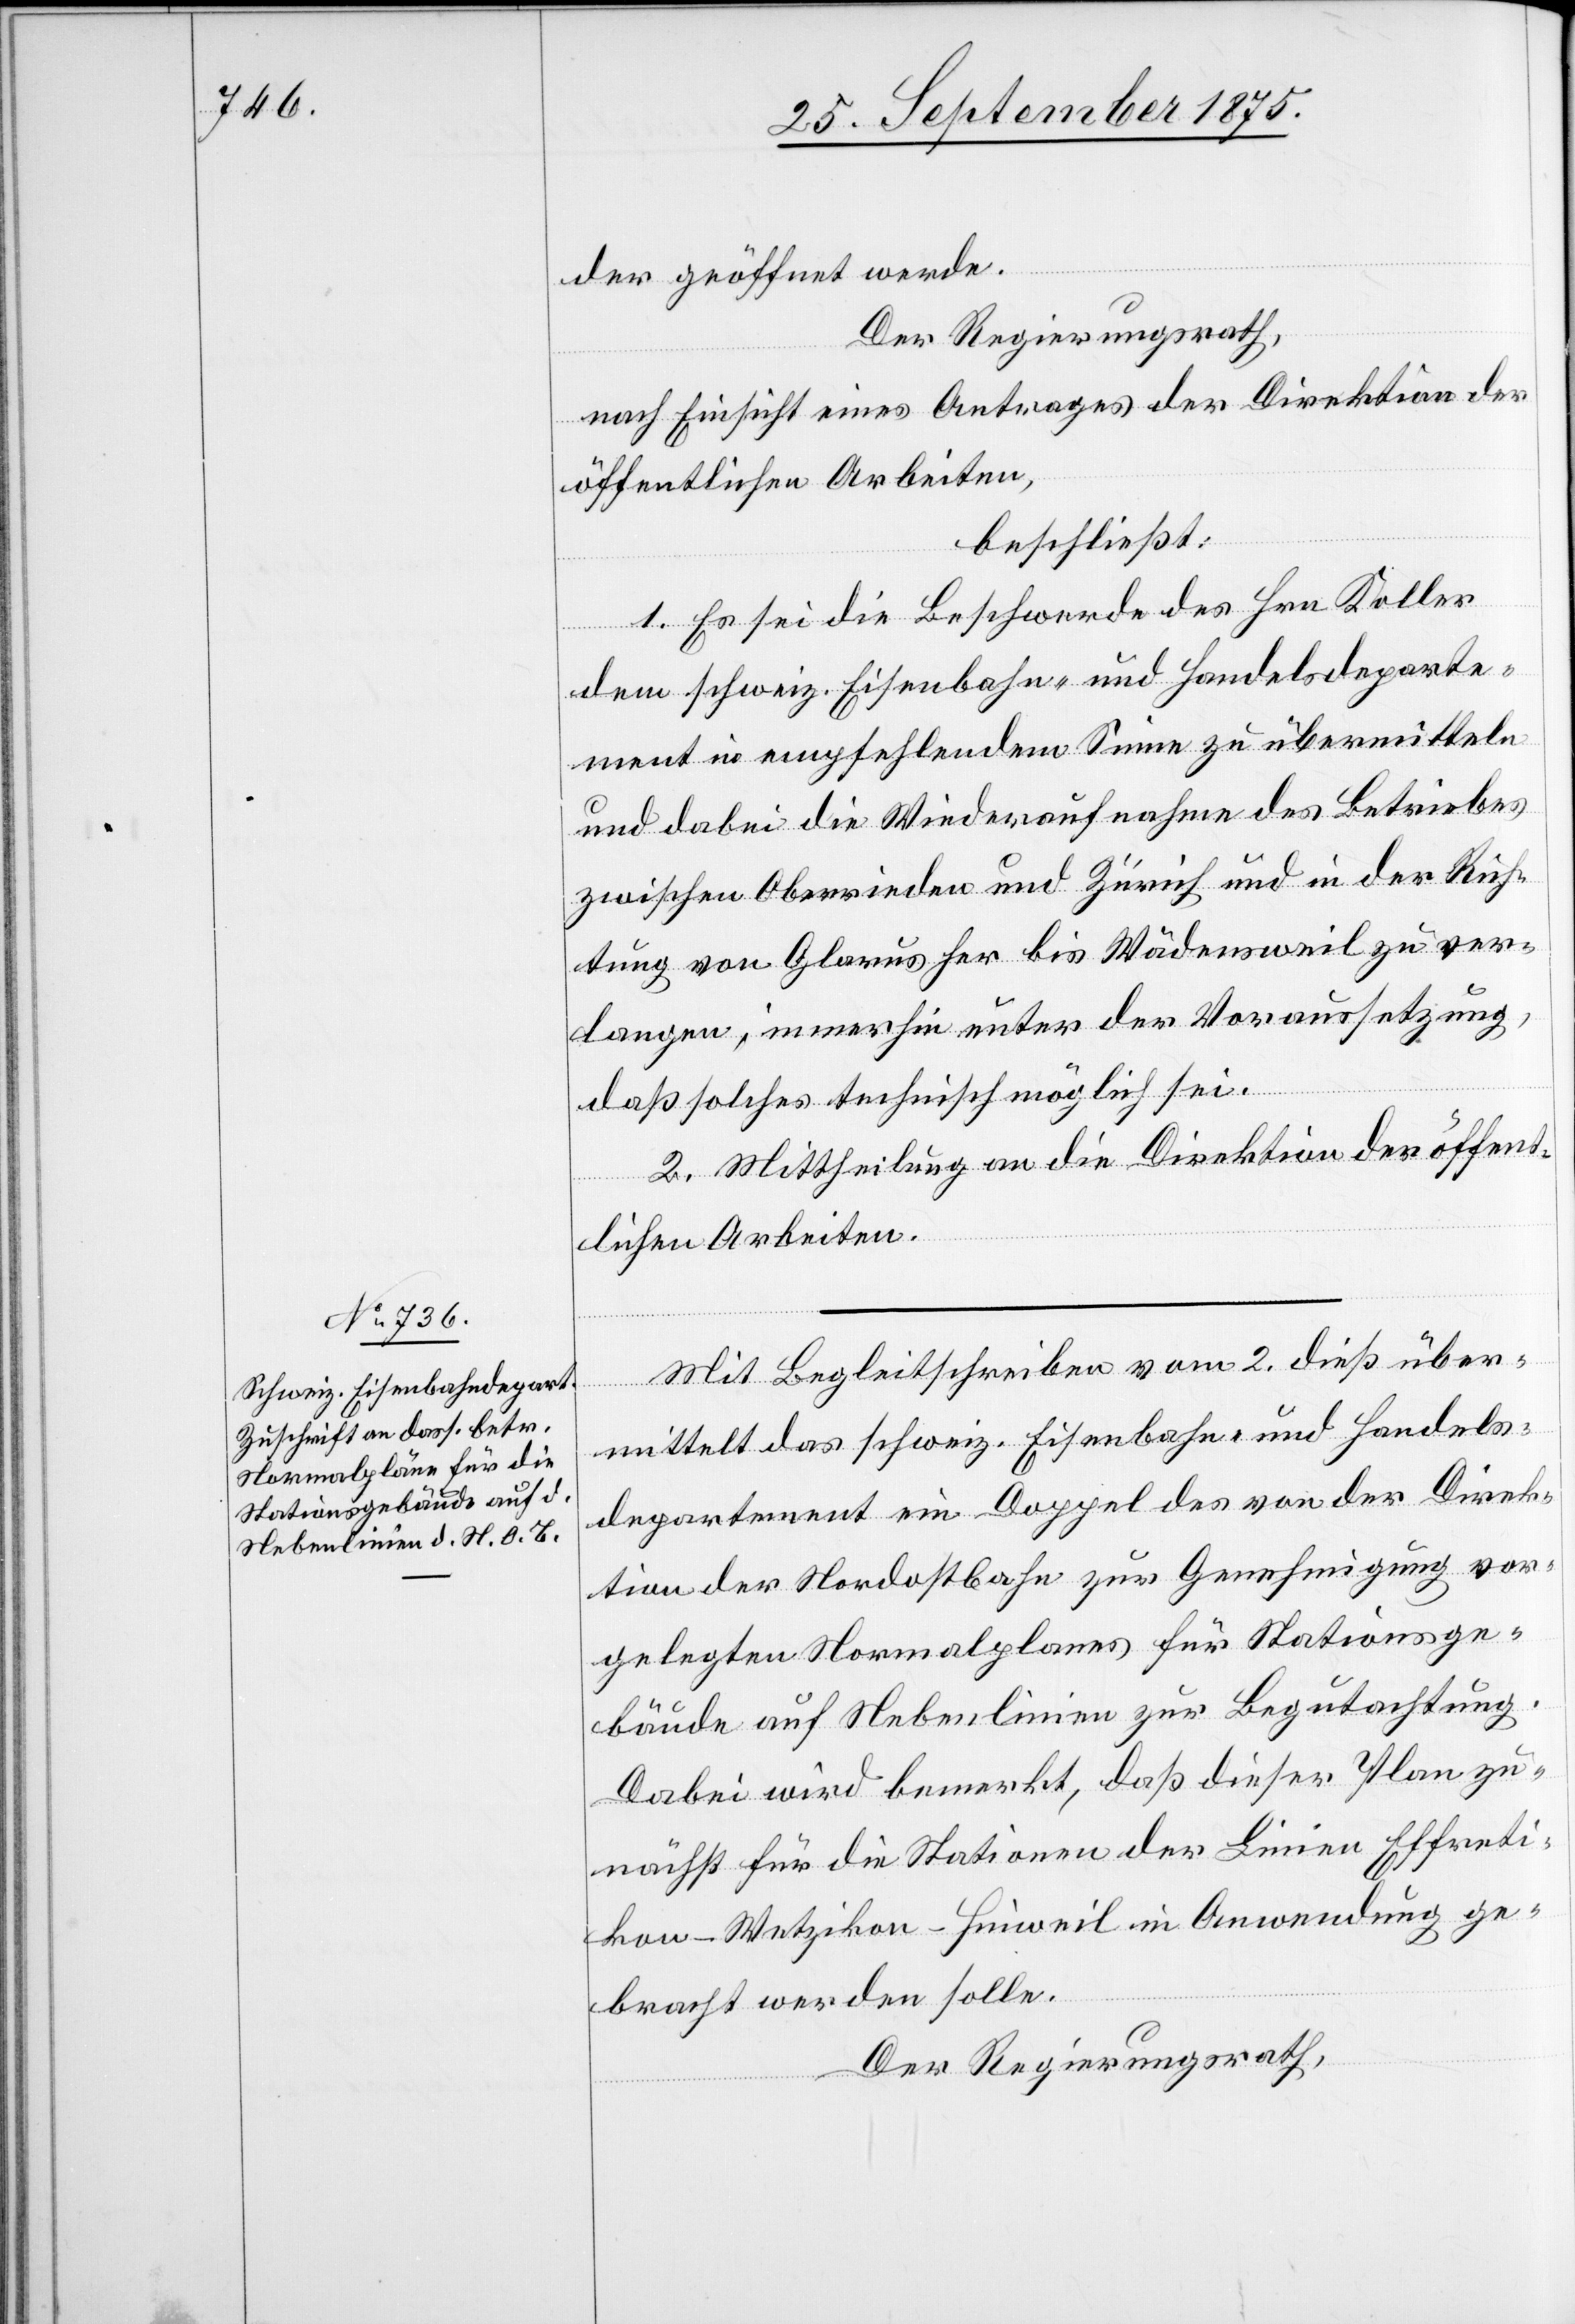
der geöffnet werde.
Der Regierungsrath,
nach Einsicht eines Antrages der Direktion der
öffentlichen Arbeiten,
beschließt:
1. Es sei die Beschwerde des Hrn. Koller
dem schweiz. Eisenbahn- und Handelsdeparte¬
ment in empfehlendem Sinne zu übermitteln
und dabei die Wiederaufnahme des Betriebes
zwischen Oberrieden und Zürich und in der Rich¬
tung von Glarus her bis Wädensweil zu ver¬
langen, immerhin unter der Voraussetzung,
daß solches technisch möglich sei.
2. Mittheilung an die Direktion der öffent¬
lichen Arbeiten.
Mit Begleitschreiben vom 2. dieß über¬
mittelt das schweiz. Eisenbahn- und Handels¬
departement ein Doppel des von der Direk¬
tion der Nordostbahn zur Genehmigung vor¬
gelegten Normalplanes für Stationsge¬
bäude auf Nebenlinien zur Begutachtung.
Dabei wird bemerkt, daß dieser Plan zu¬
nächst für die Stationen der Linien Effreti¬
kon–Wetzikon–Hinweil in Anwendung ge¬
bracht werden solle.
Der Regierungsrath,